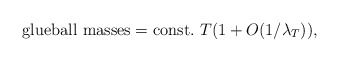
\begin{align*}{\rm glueball~masses=const.}~T(1+O(1/\lambda_T)),\end{align*}